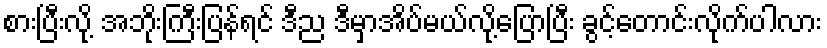
စားပြီးလို့ အဘိုးကြီးပြန်ရင် ဒီည ဒီမှာအိပ်မယ်လို့ပြောပြီး ခွင့်တောင်းလိုက်ပါလား